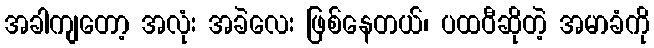
အခါကျတော့ အလုံး အခဲလေး ဖြစ်နေတယ်၊ ပထဝီဆိုတဲ့ အမာခံကို